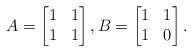
LaTeX: \begin{align*}A=\begin{bmatrix}1 & 1 \\1 & 1\end{bmatrix},B=\begin{bmatrix}1 & 1 \\1 & 0 \end{bmatrix}.\end{align*}